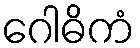
ဂေါဓိကံ